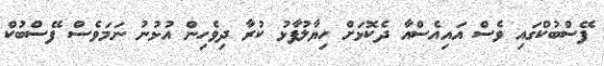
ފޭސްބުކްގައި ވެސް އައިއެސްއާ ދެކޮޅަށް ހިޔާލުފާޅު ކުރާ ދިވެހިން އުޅުނު ނަމަވެސް ފޭސްބުކް